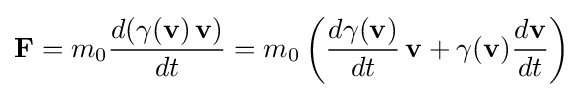
\mathbf {F} =m_{0}{\frac {d(\gamma (\mathbf {v} )\,\mathbf {v} )}{dt}}=m_{0}\left({\frac {d\gamma (\mathbf {v} )}{dt}}\,\mathbf {v} +\gamma (\mathbf {v} ){\frac {d\mathbf {v} }{dt}}\right)